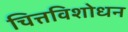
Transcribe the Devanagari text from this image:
चित्तविशोधन